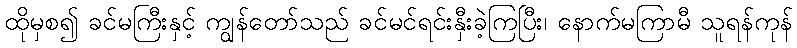
ထိုမှစ၍ ခင်မကြီးနှင့် ကျွန်တော်သည် ခင်မင်ရင်းနှီးခဲ့ကြပြီး၊ နောက်မကြာမီ သူရန်ကုန်